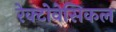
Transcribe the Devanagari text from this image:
रेक्टोवेसिकल